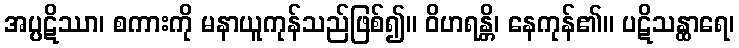
အပ္ပဋိဿာ၊ စကားကို မနာယူကုန်သည်ဖြစ်၍။ ဝိဟရန္တိ၊ နေကုန်၏။ ပဋိသန္ထာရေ၊